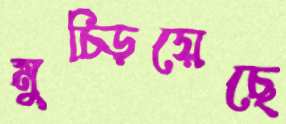
মুচ্‌ড়িয়েছে